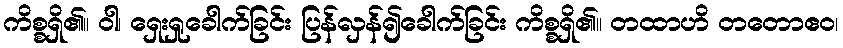
ကိစ္စရှိ၏။ ဝါ၊ ရှေးရှုခေါက်ခြင်း ပြန်လှန်၍ခေါက်ခြင်း ကိစ္စရှိ၏။ တထာဟိ တတောဧဝ၊